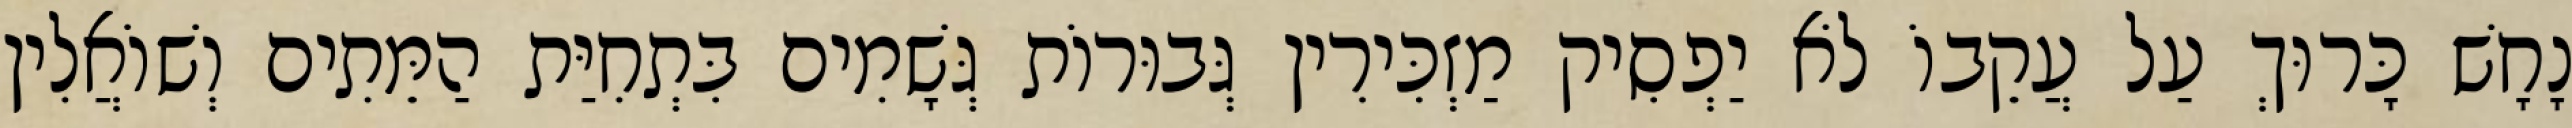
נָחָשׁ כָּרוּךְ עַל עֲקֵבוֹ לֹא יַפְסִיק מַזְכִּירִין גְּבוּרוֹת גְּשָׁמִים בִּתְחִיַּת הַמֵּתִים וְשׁוֹאֲלִין